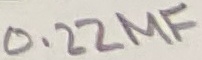
Text: 0.22µF